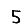
Digit: 5